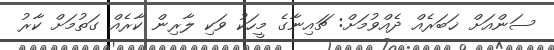
ސަންއަށް ޚަބަރެއް ދެއްވުމަށް: ޗައިނާގެ މީހަކު ވަކި ލާރިން ކާރެއް ގަތުމަށް ކާރު